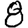
Digit: 8